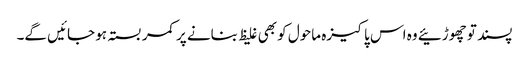
پسند تو چھوڑئیے وہ اس پاکیزہ ماحول کو بھی غلیظ بنانے پر کمر بستہ ہو جائیں گے۔